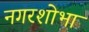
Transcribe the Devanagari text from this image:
नगरशोभा